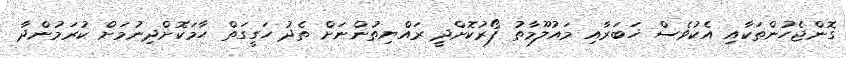
ގޮންޖެހުންތަކާއި އެކުވެސް ޚަބަރާއި މައުލޫމާތު ފޯރުކޮށްދީ ރައްޔިތުންނަށް ތެދު ހަގީގަތް ހާމަކޮށްދިނުމަށް ކުރަމުންދާ